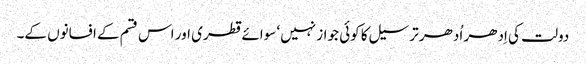
دولت کی اِدھر اُدھر ترسیل کا کوئی جواز نہیں‘ سوائے قطری اور اس قسم کے افسانوں کے۔